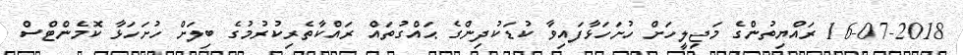
16-07-2018 ރައްޔިތުންގެ މަޖިލީހަށް ހުށަހަޅާފައިވާ ކުޑަކުދިންގެ ޙައްގުތައް ރައްކާތެރިކުރުމުގެ ބިލަށް ހުށަހަޅާ ކޮމެންޓްސް